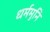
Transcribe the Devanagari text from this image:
धर्ममुनि